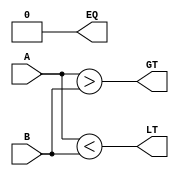
module unsigned_magnitude_comparator (
    input [7:0] A,
    input [7:0] B,
    output EQ,
    output LT,
    output GT
);

wire [7:0] equal_bits;
wire [7:0] gt_bits;
wire [7:0] lt_bits;

assign equal_bits = A == B;
assign gt_bits = A > B;
assign lt_bits = A < B;

assign EQ = &equal_bits;
assign GT = |gt_bits;
assign LT = |lt_bits;

endmodule